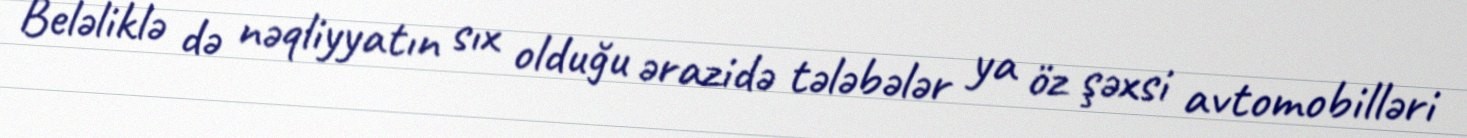
Beləliklə də nəqliyyatın sıx olduğu ərazidə tələbələr ya öz şəxsi avtomobilləri